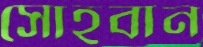
সোহবান